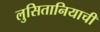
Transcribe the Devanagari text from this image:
लुसितानियाची